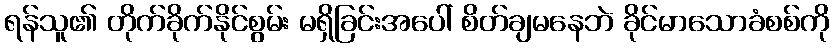
ရန်သူ၏ တိုက်ခိုက်နိုင်စွမ်း မရှိခြင်းအပေါ် စိတ်ချမနေဘဲ ခိုင်မာသောခံစစ်ကို